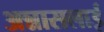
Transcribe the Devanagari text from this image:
अन्नासलाई